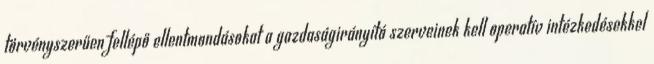
törvényszerűen fellépő ellentmondásokat a gazdaságirányító szerveinek kell operatív intézkedésekkel